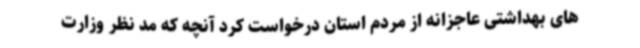
های بهداشتی عاجزانه از مردم استان درخواست کرد آنچه که مد نظر وزارت